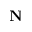
\mathbf N